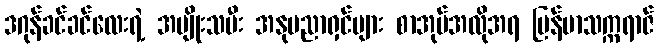
ဒဂုန်ခင်ခင်လေးရဲ့ အမျိုးသမီး အနုပညာရှင်များ စာအုပ်အလိုအရ မြန်မာသက္ကရာဇ်